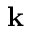
{ \mathbf k }